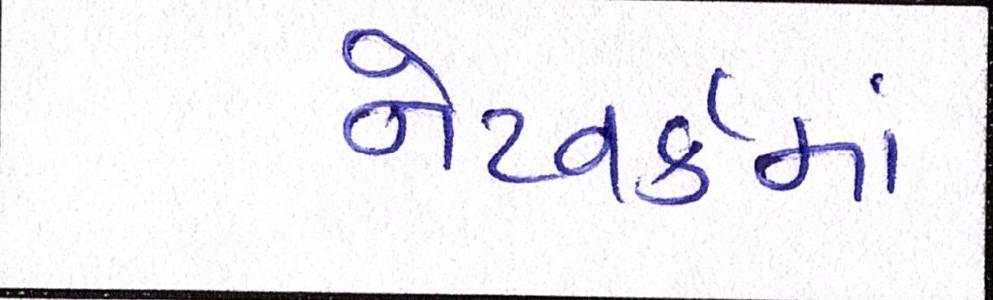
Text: નેટવર્કમાં